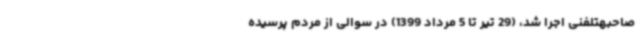
صاحبهتلفنی اجرا شد، (29 تیر تا 5 مرداد 1399) در سوالی از مردم پرسیده